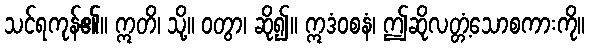
သင်ရကုန်၏။ ဣတိ၊ သို့။ ဝတွာ၊ ဆို၍။ ဣဒံဝစနံ၊ ဤဆိုလတ္တံ့သောစကားကို။